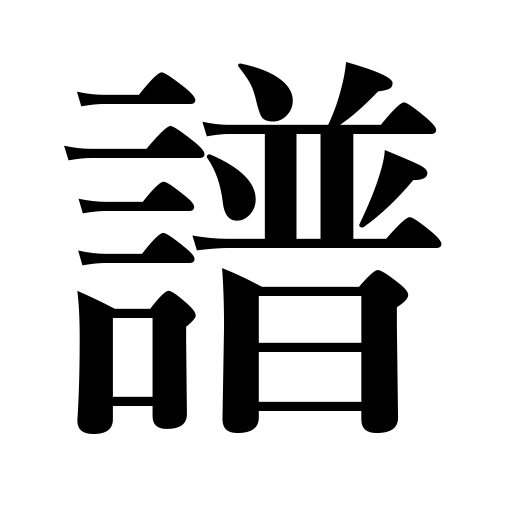
Meanings: staff,music,score,album,record,table,note,genealogy